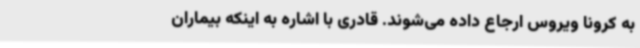
به کرونا ویروس ارجاع داده می‌شوند. قادری با اشاره به اینکه بیماران